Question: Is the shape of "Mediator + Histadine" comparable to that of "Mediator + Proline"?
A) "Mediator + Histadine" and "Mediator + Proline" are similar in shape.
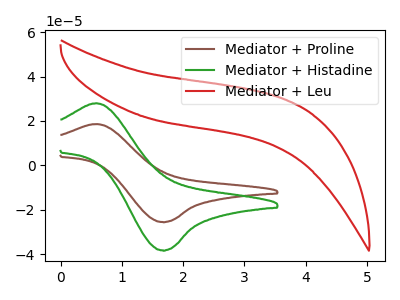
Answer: <think>The brown curve "Mediator + Proline" has an anodic peak at (0.60V, 18.65uA) and a cathodic peak at (1.65V, -25.45uA). The green curve "Mediator + Histadine" has an anodic peak at (0.60V, 28.00uA) and a cathodic peak at (1.65V, -38.20uA). The red curve "Mediator + Leu" has no peaks.
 All the peaks in "Mediator + Histadine" have a peak in "Mediator + Proline" at the same potential. Every peak in "Mediator + Histadine" is higher than every peak in "Mediator + Proline".</think>
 <answer>A) "Mediator + Histadine" and "Mediator + Proline" are similar in shape.</answer>
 <eval>A</eval>